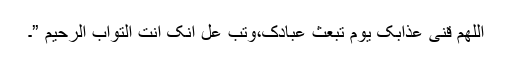
اللّهمَّ قِنِیْ عذابک يوم تبعث عبادکَ،وتُبْ علَّ اِنَّکَ اَنْتَ التَّوَّابُ الرحيمُ ”۔